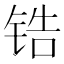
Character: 锆